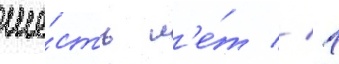
ше́сть л'е́т // 1